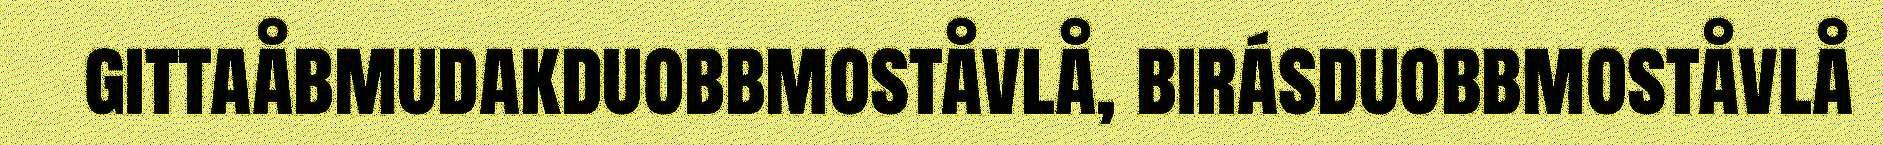
gittaåbmudakduobbmoståvlå, birásduobbmoståvlå